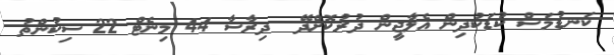
ކަނޑުމަސް ކުޑަކުދިން އެލާޖީން ދުރުކޮށްދޭ  ދިރާސާ 44 މިނެޓް 22 ސިކުންތު